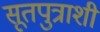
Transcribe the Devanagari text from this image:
सूतपुत्राशी